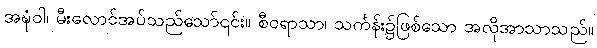
အဍ္ဎံဝါ၊ မီးလောင်အပ်သည်သော်၎င်း။ စီဝရာသာ၊ သင်္ကန်း၌ဖြစ်သော အလိုအာသာသည်။